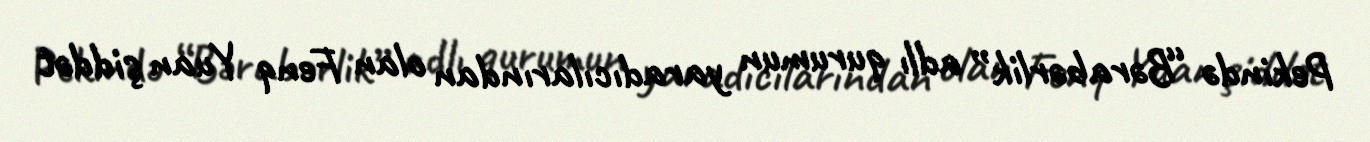
Pekində “Bərabərlik” adlı qurumun yaradıcılarından olan Fenq Yuan şiddət